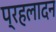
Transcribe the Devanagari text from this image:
प्रहलादन